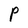
Character: P